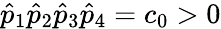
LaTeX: \hat{p}_{1}\hat{p}_{2}\hat{p}_{3}\hat{p}_{4}=c_{0}>0